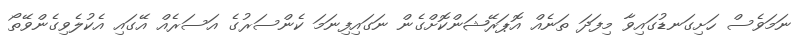
ނަމަވެސް ހަށިގަނޑުގައިވާ މިފަދަ ތަނެއް އޮޕަރޭޝަންކޮށްގެން ނަގައިފިނަމަ ކެންސަރުގެ އަސަރެއް އޭގައި އެކުލެވިގެންވޭތޯ